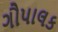
ગૌપાલક